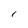
Character: l